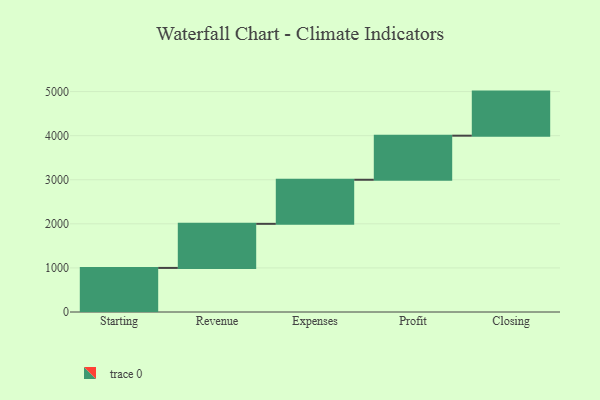
{"axis": {"x": "Step", "y": "Value"}, "legend": [""], "data": [{"x": "Starting", "y": 1000, "type": ""}, {"x": "Revenue", "y": 1000, "type": ""}, {"x": "Expenses", "y": 1000, "type": ""}, {"x": "Profit", "y": 1000, "type": ""}, {"x": "Closing", "y": 1000, "type": ""}]}